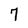
Character: 7